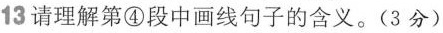
13请理解第④段中画线句子的含义。(3分)